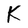
Character: K